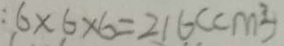
: 6 \times 6 \times 6 = 2 1 6 ( c m ^ { 2 } )